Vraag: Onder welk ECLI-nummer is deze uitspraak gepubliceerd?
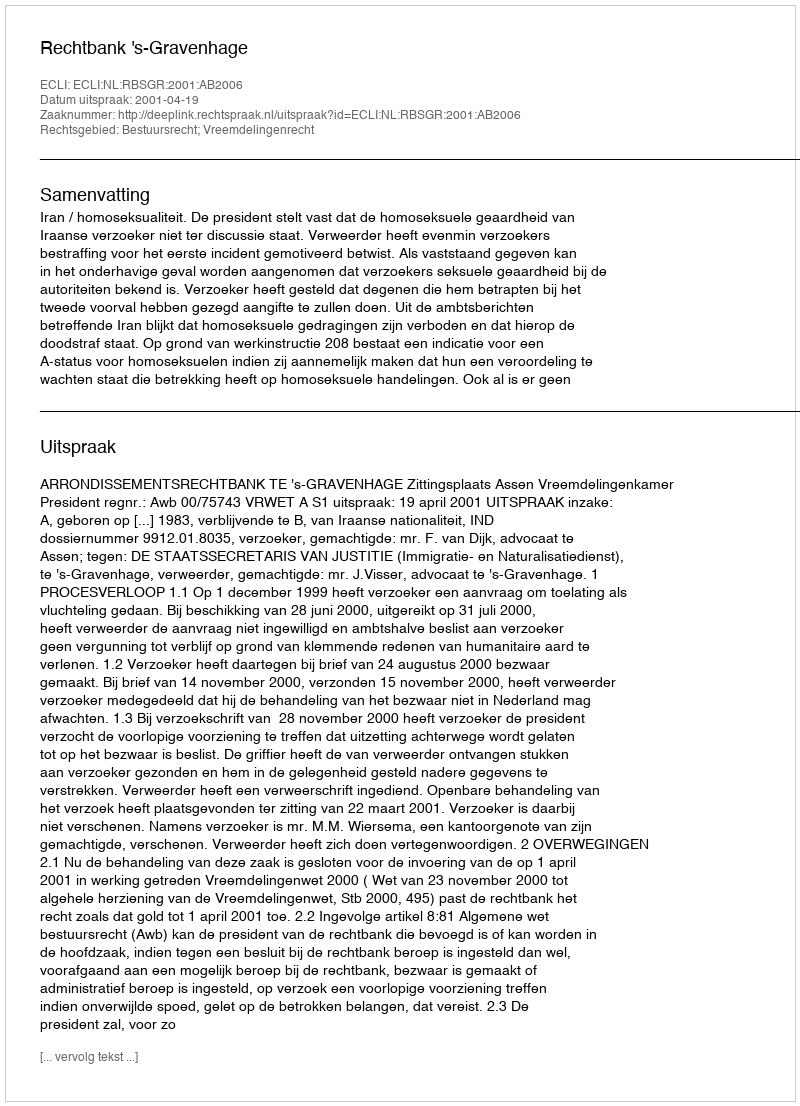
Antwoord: ECLI:NL:RBSGR:2001:AB2006